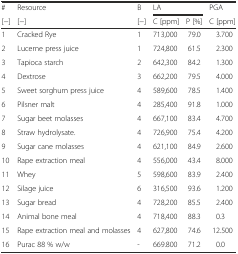
<table><thead><tr><td><b>#</b></td><td><b>Resource</b></td><td><b>B</b></td><td colspan="2"><b>LA</b></td><td><b>PGA</b></td></tr><tr><td><b>[−]</b></td><td><b>[−]</b></td><td><b>[−]</b></td><td><b>C [ppm]</b></td><td><b>P [%]</b></td><td><b>C [ppm]</b></td></tr></thead><tbody><tr><td>1</td><td>Cracked Rye</td><td>1</td><td>713,000</td><td>79.0</td><td>3.700</td></tr><tr><td>2</td><td>Lucerne press juice</td><td>1</td><td>724,800</td><td>61.5</td><td>2.300</td></tr><tr><td>3</td><td>Tapioca starch</td><td>2</td><td>642,300</td><td>84.2</td><td>1.300</td></tr><tr><td>4</td><td>Dextrose</td><td>3</td><td>662,200</td><td>79.5</td><td>4.000</td></tr><tr><td>5</td><td>Sweet sorghum press juice</td><td>4</td><td>589,600</td><td>78.5</td><td>1.400</td></tr><tr><td>6</td><td>Pilsner malt</td><td>4</td><td>285,400</td><td>91.8</td><td>1.000</td></tr><tr><td>7</td><td>Sugar beet molasses</td><td>4</td><td>667,100</td><td>83.4</td><td>4.700</td></tr><tr><td>8</td><td>Straw hydrolysate.</td><td>4</td><td>726,900</td><td>75.4</td><td>4.200</td></tr><tr><td>9</td><td>Sugar cane molasses</td><td>4</td><td>621,100</td><td>84.9</td><td>2.600</td></tr><tr><td>10</td><td>Rape extraction meal</td><td>4</td><td>556,000</td><td>43.4</td><td>8.000</td></tr><tr><td>11</td><td>Whey</td><td>5</td><td>598,600</td><td>83.9</td><td>2.400</td></tr><tr><td>12</td><td>Silage juice</td><td>6</td><td>316,500</td><td>93.6</td><td>1.200</td></tr><tr><td>13</td><td>Sugar bread</td><td>4</td><td>728,200</td><td>85.5</td><td>2.400</td></tr><tr><td>14</td><td>Animal bone meal</td><td>4</td><td>718,400</td><td>88.3</td><td>0.3</td></tr><tr><td>15</td><td>Rape extraction meal and molasses</td><td>4</td><td>627,800</td><td>74.6</td><td>12.500</td></tr><tr><td>16</td><td>Purac 88 % w/w</td><td>-</td><td>669.800</td><td>71.2</td><td>0.0</td></tr></tbody></table>